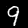
Digit: 9